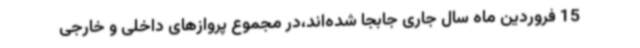
15 فروردین ماه سال جاری جابجا شده‌اند،در مجموع پروازهای داخلی و خارجی